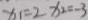
x _ { 1 } = 2 x _ { 2 } = - 3